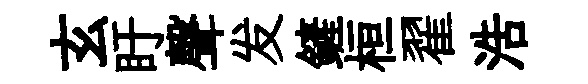
玄盱聲发鏟桓翟浩